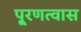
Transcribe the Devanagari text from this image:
पू्रणत्वास